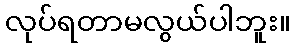
လုပ်ရတာမလွယ်ပါဘူး။